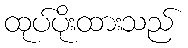
ထုပ်ပိုးထားသည်